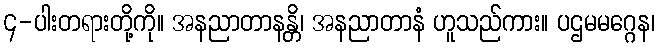
၄-ပါးတရားတို့ကို။ အနညာတာနန္တိ၊ အနညာတာနံ ဟူသည်ကား။ ပဌမမဂ္ဂေန၊